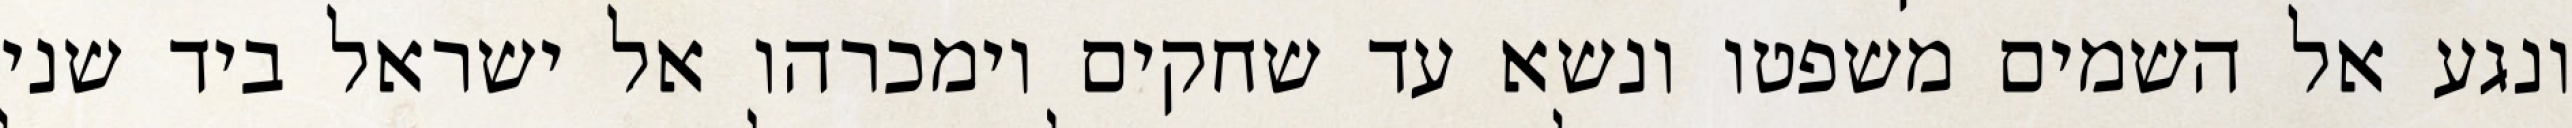
ונגע אל השמים משפטו ונשא עד שחקים וימכרהו אל ישראל ביד שני